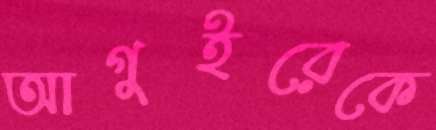
আগুইরেকে